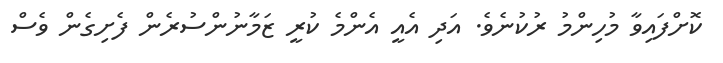
ކޮށްފައިވާ މުހިންމު ރުކުނެވެ. އަދި އެއީ އެންމެ ކުރީ ޒަމާނުންސުރެން ފެށިގެން ވެސް